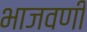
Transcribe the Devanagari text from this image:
भाजवणी